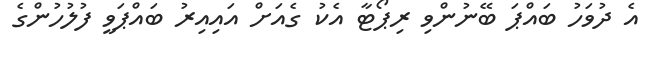
އެ ދުވަހު ބައްޕަ ބޭނުންވި ރިޕޯޓާ އެކު ގެއަށް އައިއިރު ބައްޕަވީ ފުލުހުންގެ